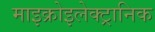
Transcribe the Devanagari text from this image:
माइक्रोइलेक्ट्रानिक